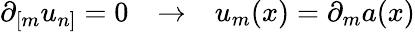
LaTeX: \partial_{[m}u_{n]}=0~~~\rightarrow~~~u_{m}(x)=\partial_{m}a(x)